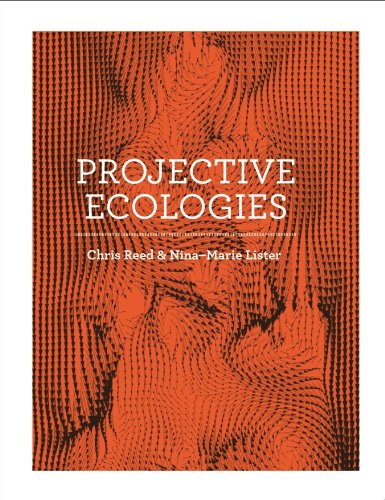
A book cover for Projective Ecologies; Arts & Photography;